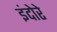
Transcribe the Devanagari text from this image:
इंदोरे